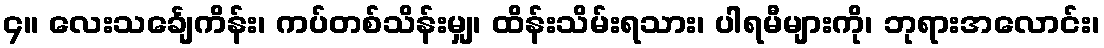
၄။ လေးသင်္ချေကိန်း၊ ကပ်တစ်သိန်းမျှ၊ ထိန်းသိမ်းရသား၊ ပါရမီများကို၊ ဘုရားအလောင်း၊